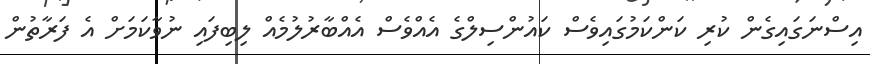
އިސްނަގައިގެން ކުރި ކަންކަމުގައިވެސް ކައުންސިލްގެ އެއްވެސް އެއްބާރުލުމެއް ލިބިފައި ނުވާކަމަށް އެ ފަރާތުން